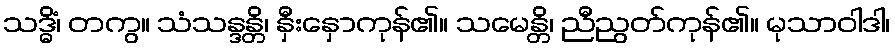
သဒ္ဓိံ၊ တကွ။ သံသန္ဒန္တိ၊ နှီးနှောကုန်၏။ သမေန္တိ၊ ညီညွတ်ကုန်၏။ မုသာဝါဒါ၊